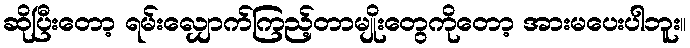
ဆိုပြီးတော့ ရမ်းလျှောက်ကြည့်တာမျိုးတွေကိုတော့ အားမပေးပါဘူး။